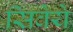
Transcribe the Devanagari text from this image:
सिवेये